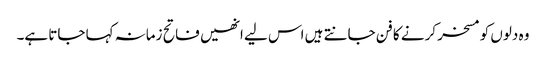
وہ دلوں کو مسخر کرنے کا فن جانتے ہیں اس لیے انھیں فاتح زمانہ کہا جاتا ہے۔